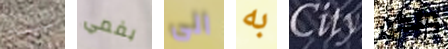
ليم بفمي الى به City ولكن